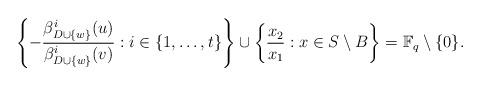
LaTeX: \begin{align*}\left \{-\frac{ \beta_{D \cup \{w\}}^{i}(u)}{\beta_{D \cup \{w\}}^{i}(v)} : i \in \{1, \ldots, t\} \right \} \cup \left \{ \frac{x_{2}}{x_{1}} : x \in S \setminus B \right \} = \mathbb{F}_{q} \setminus \{0\}.\end{align*}